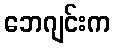
ဘေဂျင်းက